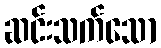
ဆင်းသက်သော